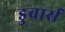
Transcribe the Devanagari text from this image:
डुवार्स